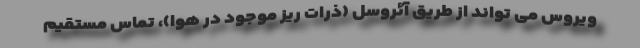
ویروس می تواند از طریق آئروسل (ذرات ریز موجود در هوا)، تماس مستقیم